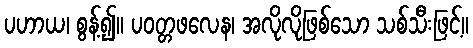
ပဟာယ၊ စွန့်၍။ ပဝတ္တဖလေန၊ အလိုလိုဖြစ်သော သစ်သီးဖြင့်။